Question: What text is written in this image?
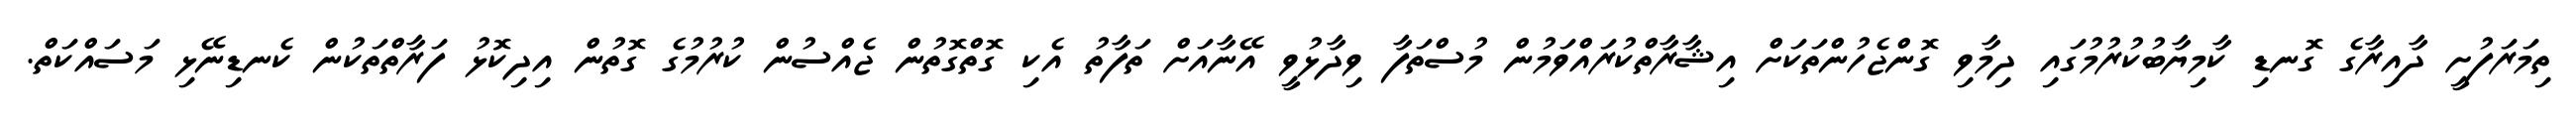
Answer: ތިމަރަފުށީ ދާއިރާގެ ގޮނޑި ކާމިޔާބުކުރުމުގައި ދިމާވި ގޮންޖެހުންތަކަށް އިޝާރާތްކުރައްވަމުން މުސްތަފާ ވިދާޅުވީ އޭނާއަށް ތަފާތު އެކި ގޮތްގޮތުން ޖެއްސުން ކުރުމުގެ ގޮތުން އިދިކޮޅު ފަރާތްތަކުން ކެނޑިނޭޅި މަސައްކަތް.